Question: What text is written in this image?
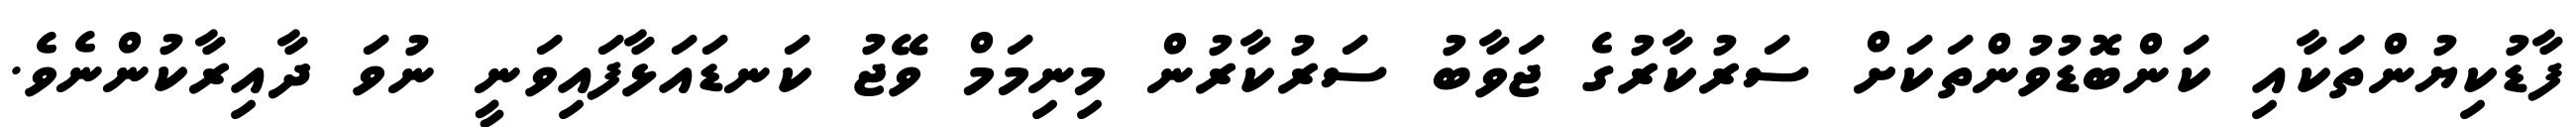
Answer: ފާޑުކިޔުންތަކާއި ކަންބޮޑުވުންތަކަށް ސަރުކާރުގެ ޖަވާބު ސަރުކާރުން މިނިމަމް ވޭޖު ކަނޑައަޅާފައިވަނީ ނުވަ ދާއިރާކުންނެވެ.